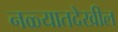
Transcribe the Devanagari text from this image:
नळ्यातदेखील